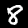
Label: 8